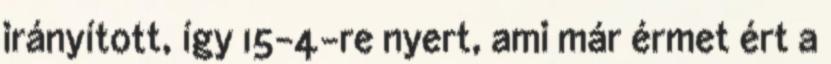
irányított, így 15-4-re nyert, ami már érmet ért a